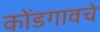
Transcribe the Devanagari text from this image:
कोंडगावचे